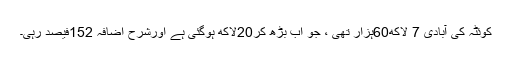
کوئٹہ کی آبادی 7 لاکھ60ہزار تھی ، جو اب بڑھ کر20لاکھ ہوگئی ہے اورشرح اضافہ 152فیصد رہی۔